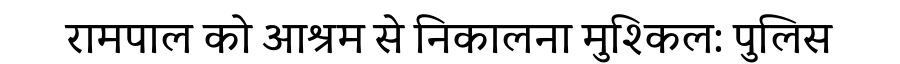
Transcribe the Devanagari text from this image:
रामपाल को आश्रम से निकालना मुश्किल: पुलिस